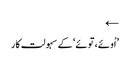
←
’اُوئے، توئے‘ کے سہولت کار